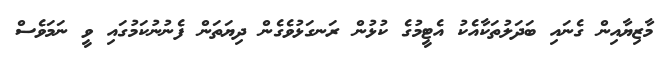
މާޒިޔާއިން ގެނައި ބަދަލުތަކާއެކު އެޓީމުގެ ކުޅުން ރަނގަޅުވެގެން ދިޔަތަން ފެނުނުކަމުގައި ވީ ނަމަވެސް